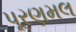
પૂરણમલ